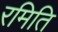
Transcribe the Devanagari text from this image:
रमिति